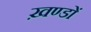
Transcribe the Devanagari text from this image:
ख़ण्डों